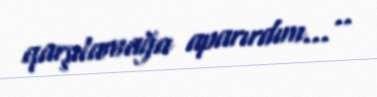
qarşılamağa aparırdım... ..